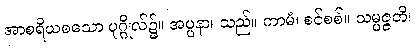
အာစရိယစသော ပုဂ္ဂိုလ်၌။ အပ္ပနာ၊ သည်။ ကာမံ၊ စင်စစ်။ သမ္ပဇ္ဇတိ၊